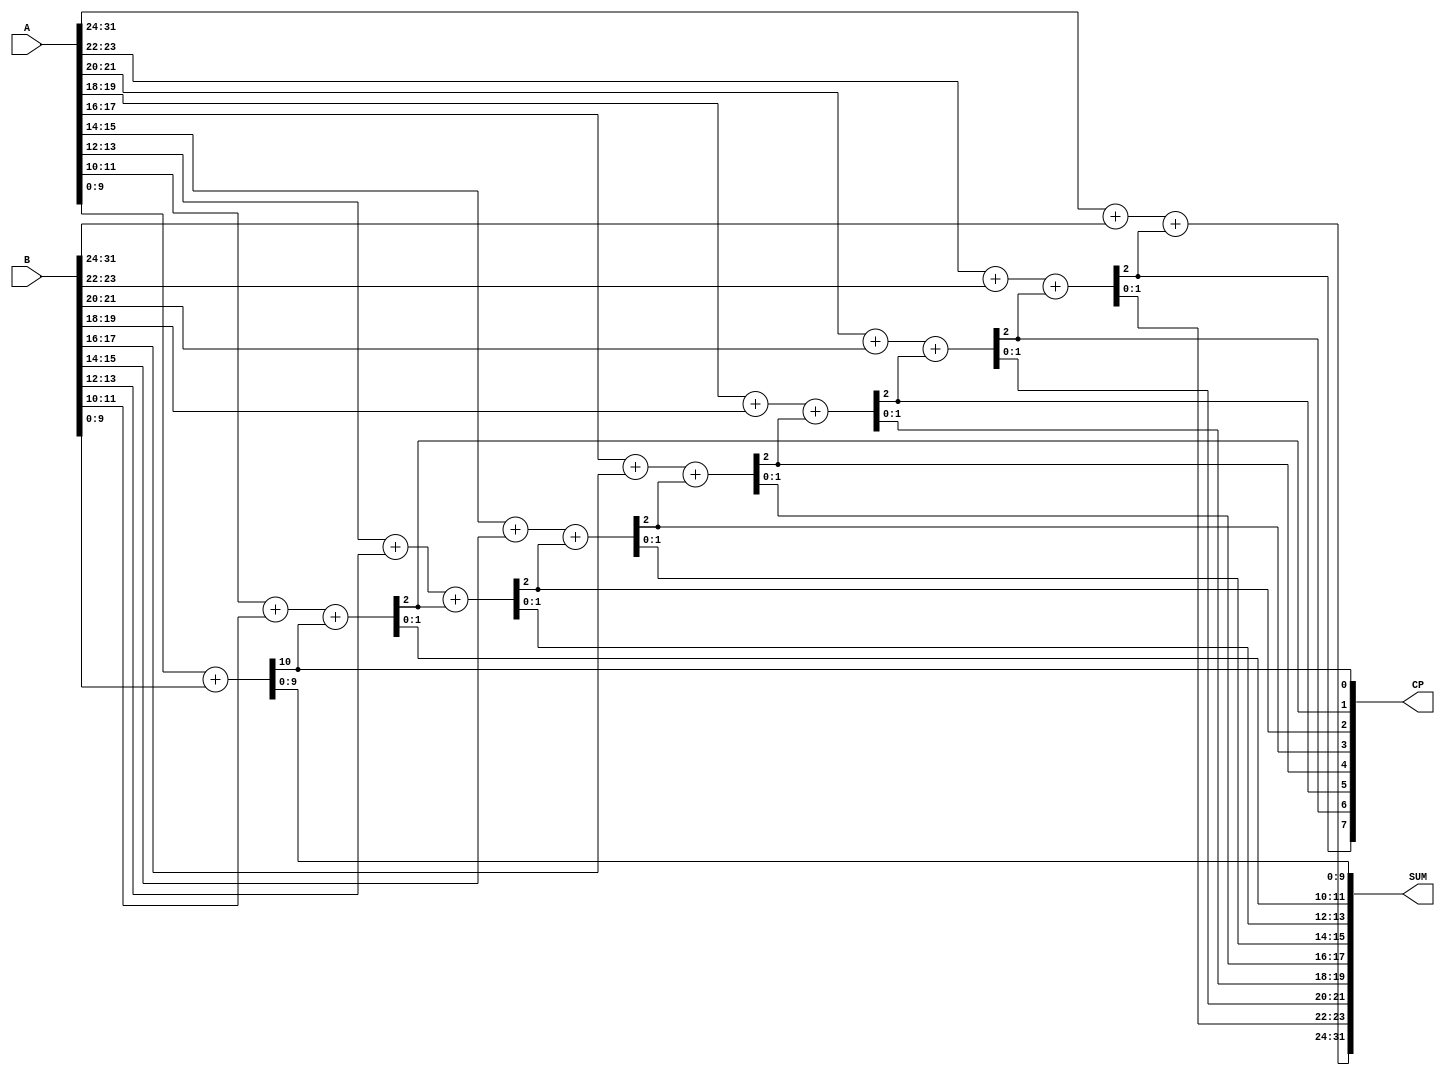
// 
// ************************************************************************** 
// 
//  Copyright (c) International Business Machines Corporation, 2005. 
// 
//  This file contains trade secrets and other proprietary and confidential 
//  information of International Business Machines Corporation which are 
//  protected by copyright and other intellectual property rights and shall 
//  not be reproduced, transferred to other documents, disclosed to others, 
//  or used for any purpose except as specifically authorized in writing by 
//  International Business Machines Corporation. This notice must be 
//  contained as part of this text at all times. 
// 
// ************************************************************************** 
//
// Verilog HDL for "PEPS_CMOS6SF_MAC", "SM_ADD32INTCO" "_behavioral"

module p405s_SM_ADD32INTCO (CP, SUM, A, B );
    output [31:0] SUM;
    output [7:0] CP;
    input [31:0] A;
    input [31:0] B;

wire [7:0] CP, CP_i;    
assign CP = CP_i;
assign SUM[31:24] = A[31:24] + B[31:24] + CP_i[7];
assign {CP_i[7],SUM[23:22]} = A[23:22] + B[23:22] + CP_i[6];
assign {CP_i[6],SUM[21:20]} = A[21:20] + B[21:20] + CP_i[5];
assign {CP_i[5],SUM[19:18]} = A[19:18] + B[19:18] + CP_i[4];
assign {CP_i[4],SUM[17:16]} = A[17:16] + B[17:16] + CP_i[3];
assign {CP_i[3],SUM[15:14]} = A[15:14] + B[15:14] + CP_i[2];
assign {CP_i[2],SUM[13:12]} = A[13:12] + B[13:12] + CP_i[1];
assign {CP_i[1],SUM[11:10]} = A[11:10] + B[11:10] + CP_i[0];
assign {CP_i[0],SUM[9:0]} = A[9:0] + B[9:0];

endmodule